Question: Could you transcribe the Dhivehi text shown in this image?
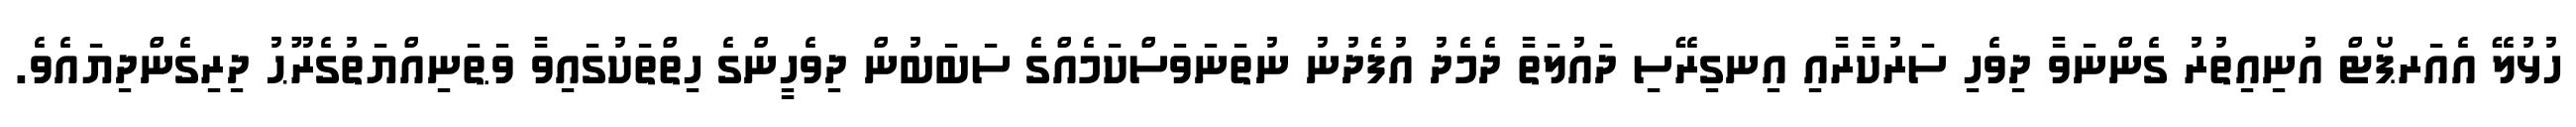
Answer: ހުޅުލޭ އެއަރޕޯޓް އުނިއިތުރު ގެންނަވާ ދިވެހި ސަރުކާރާއި އިނގިރޭސި ދައުލަތާ ދެމެދު އުފެދުނު ނުތަނަވަސްކަމެއްގެ ސަބަބުން ދިވެހީންގެ ހިތްތަކުގައިވާ ވަޠަނިއްޔަތުގެރޫޙު ދިރިގެންދިޔައެވެ.